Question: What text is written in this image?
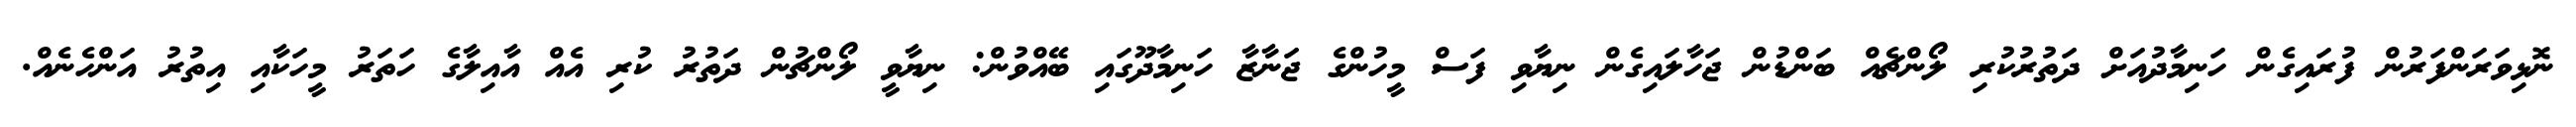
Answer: ނޮޅިވަރަންފަރުން ފުރައިގެން ހަނިމާދުއަށް ދަތުރުކުރި ލޯންޗެއް ބަންޑުން ޖަހާލައިގެން ނިޔާވި ފަސް މީހުންގެ ޖަނާޒާ ހަނިމާދޫގައި ބޭއްވުން: ނިޔާވީ ލޯންޗުން ދަތުރު ކުރި އެއް އާއިލާގެ ހަތަރު މީހަކާއި އިތުރު އަންހެނެއް.